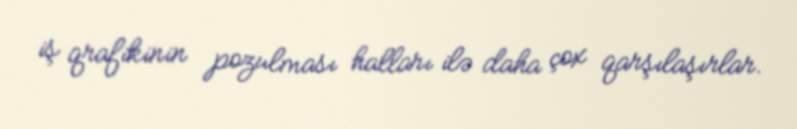
iş qrafikinin pozulması halları ilə daha çox qarşılaşırlar.